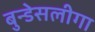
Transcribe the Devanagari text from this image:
बुन्डेसलीगा